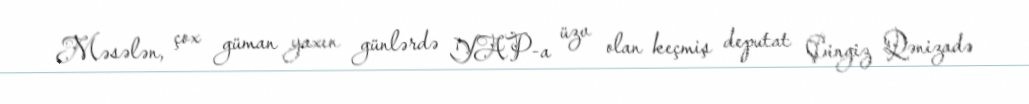
Məsələn, çox güman yaxın günlərdə YAP-a üzv olan keçmiş deputat Çingiz Qənizadə